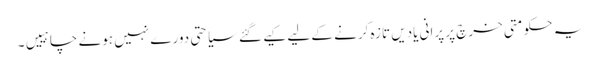
یہ حکومتی خرچ پر پرانی یادیں تازہ کرنے کے لیے کیے گئے سیاحتی دورے نہیں ہونے چاہییں۔